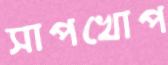
সাপখোপ